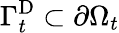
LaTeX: \Gamma_{t}^{\mathrm{D}}\subset\partial\Omega_{t}